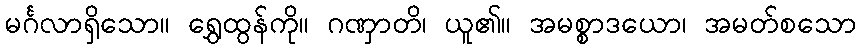
မင်္ဂလာရှိသော။ ရွှေထွန်ကို။ ဂဏှာတိ၊ ယူ၏။ အမစ္စာဒယော၊ အမတ်စသော